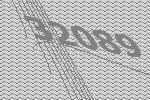
32089